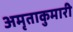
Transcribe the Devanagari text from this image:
अमृताकुमारी